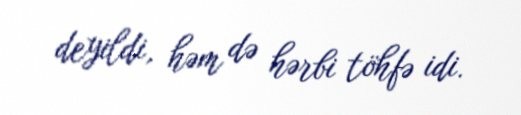
deyildi, həm də hərbi töhfə idi.